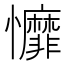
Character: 戂